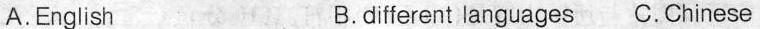
A.English B.different languages C. Chinese